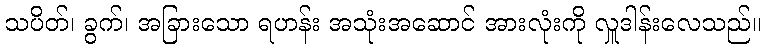
သပိတ်၊ ခွက်၊ အခြားသော ရဟန်း အသုံးအဆောင် အားလုံးကို လှူဒါန်းလေသည်။